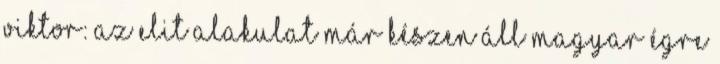
Viktor: Az elit alakulat már készen áll Magyar égre